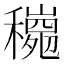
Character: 𱶩